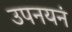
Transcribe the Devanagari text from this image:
उपनयनं